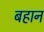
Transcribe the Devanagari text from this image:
बहान